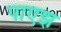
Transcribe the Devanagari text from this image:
पाएझ